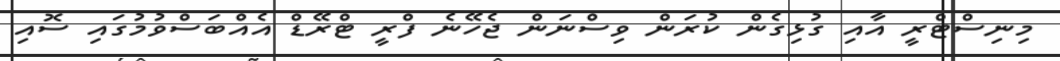
މިނިސްޓްރީ އާއި ގުޅިގެން ކުރަން ވިސްނަން ޖެހޭނެ ފްރީ ޓްރޭޑް އެއްބަސްވުމުގައި ސޮއި